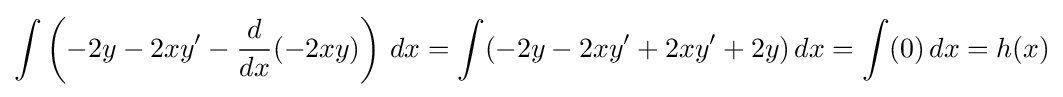
\int \left(-2y-2xy'-{d \over dx}(-2xy)\right)\,dx=\int (-2y-2xy'+2xy'+2y)\,dx=\int (0)\,dx=h(x)